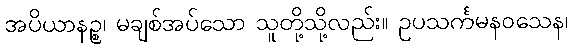
အပိယာနဉ္စ၊ မချစ်အပ်သော သူတို့သို့လည်း။ ဥပသင်္ကမနဝသေန၊